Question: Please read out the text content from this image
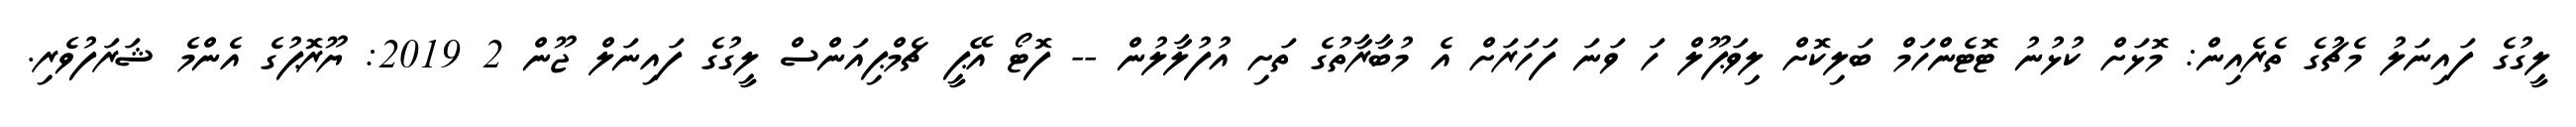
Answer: ލީގުގެ ފައިނަލު މެޗުގެ ތެރެއިން: މޮޅަށް ކުޅުނު ޓޮޓެންހަމް ބަލިކޮށް ލިވަޕޫލް ހަ ވަނަ ފަހަރަށް އެ މުބާރާތުގެ ތަށި އުފުލާލުން -- ފޮޓޯ އޭޕީ ޗެމްޕިއަންސް ލީގުގެ ފައިނަލް ޖޫން 2 2019: ޔޫރޮޕުގެ އެންމެ ޝަރަފުވެރި.